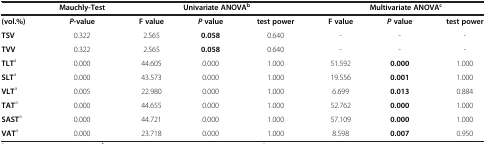
<table><thead><tr><td><b> </b></td><td><b>Mauchly-Test</b></td><td colspan="3"><b>Univariate ANOVA<sup>b</sup></b></td><td colspan="3"><b>Multivariate ANOVA<sup>c</sup></b></td></tr></thead><tbody><tr><td><b>(vol.%)</b></td><td><b><i>P</i></b><b>-value</b></td><td><b>F value</b></td><td><b><i>P </i></b><b>value</b></td><td><b>test power</b></td><td><b>F value</b></td><td><b><i>P </i></b><b>value</b></td><td><b>test power</b></td></tr><tr><td><b>TSV</b></td><td>0.322</td><td>2.565</td><td><b>0.058</b></td><td>0.640</td><td>-</td><td>-</td><td>-</td></tr><tr><td><b>TVV</b></td><td>0.322</td><td>2.565</td><td><b>0.058</b></td><td>0.640</td><td>-</td><td>-</td><td>-</td></tr><tr><td><b>TLT</b><sup>a</sup></td><td>0.000</td><td>44.605</td><td>0.000</td><td>1.000</td><td>51.592</td><td><b>0.000</b></td><td>1.000</td></tr><tr><td><b>SLT</b><sup>a</sup></td><td>0.000</td><td>43.573</td><td>0.000</td><td>1.000</td><td>19.556</td><td><b>0.001</b></td><td>1.000</td></tr><tr><td><b>VLT</b><sup>a</sup></td><td>0.005</td><td>22.980</td><td>0.000</td><td>1.000</td><td>6.699</td><td><b>0.013</b></td><td>0.884</td></tr><tr><td><b>TAT</b><sup>a</sup></td><td>0.000</td><td>44.655</td><td>0.000</td><td>1.000</td><td>52.762</td><td><b>0.000</b></td><td>1.000</td></tr><tr><td><b>SAST</b><sup>a</sup></td><td>0.000</td><td>44.721</td><td>0.000</td><td>1.000</td><td>57.109</td><td><b>0.000</b></td><td>1.000</td></tr><tr><td><b>VAT</b><sup>a</sup></td><td>0.000</td><td>23.718</td><td>0.000</td><td>1.000</td><td>8.598</td><td><b>0.007</b></td><td>0.950</td></tr></tbody></table>